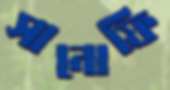
সানোফি